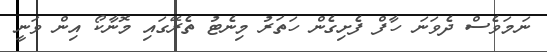
ނަމަވެސް ދެވަނަ ހާފް ފެށިގެން ހަތަރު މިނެޓު ތެރޭގައި މޮނާކޯ އިން ވަނީ